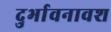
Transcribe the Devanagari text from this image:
दुर्भावनावश